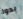
بدوا